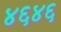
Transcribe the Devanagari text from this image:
४६४६